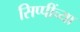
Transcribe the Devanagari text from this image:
सिप्पींच्या